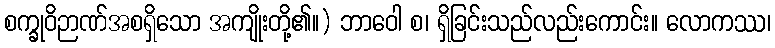
စက္ခုဝိဉာဏ်အစရှိသော အကျိုးတို့၏။) ဘာဝေါ စ၊ ရှိခြင်းသည်လည်းကောင်း။ လောကဿ၊